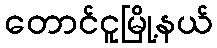
တောင်ငူမြို့နယ်